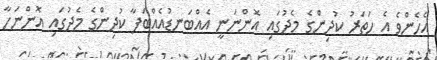
އެހެންވެ އެ ހަތަރު ކުދިންގެ މެދުގައި އޮންނަނީ އެއްބަނޑުއެއްބަފާ ކުދިންގެ މެދުގައި އޮންނަހާ